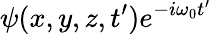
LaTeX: \psi(x,y,z,t^{\prime})e^{-i\omega_{0}t^{\prime}}